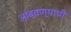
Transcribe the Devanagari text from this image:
आंबवण्याची